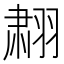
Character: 𬚄